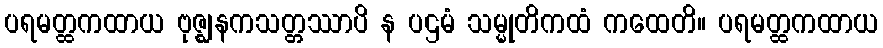
ပရမတ္ထကထာယ ဗုဇ္ဈနကသတ္တဿာပိ န ပဌမံ သမ္မုတိကထံ ကထေတိ။ ပရမတ္ထကထာယ